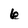
Character: 6